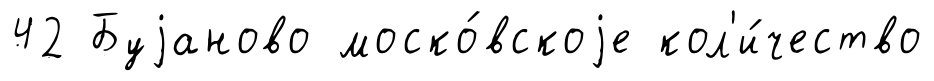
42 Буjаново моско́вскоjе кол'и́чество